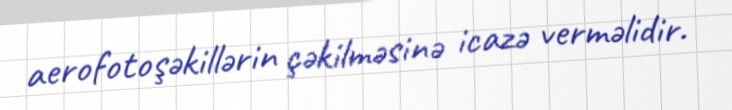
aerofotoşəkillərin çəkilməsinə icazə verməlidir.